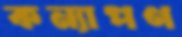
কন্যাপণ